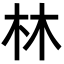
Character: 林